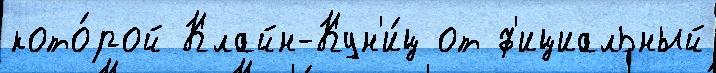
кото́рой Клайн-Кун'и́ц от ф'ициальный